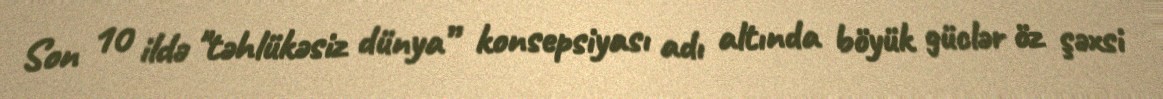
Son 10 ildə "təhlükəsiz dünya” konsepsiyası adı altında böyük güclər öz şəxsi